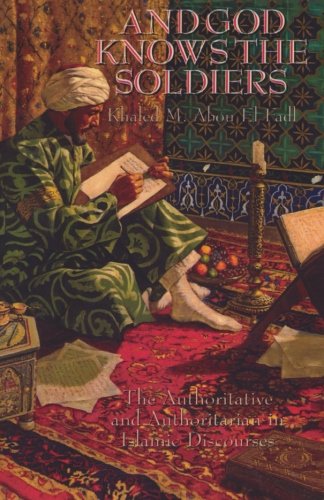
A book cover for And God Knows the Soldiers: The Authoritative and Authoritarian in Islamic Discourses; Khaled M. Abou El Fadl; Religion & Spirituality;